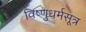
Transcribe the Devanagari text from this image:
विष्णुधर्मसूत्र